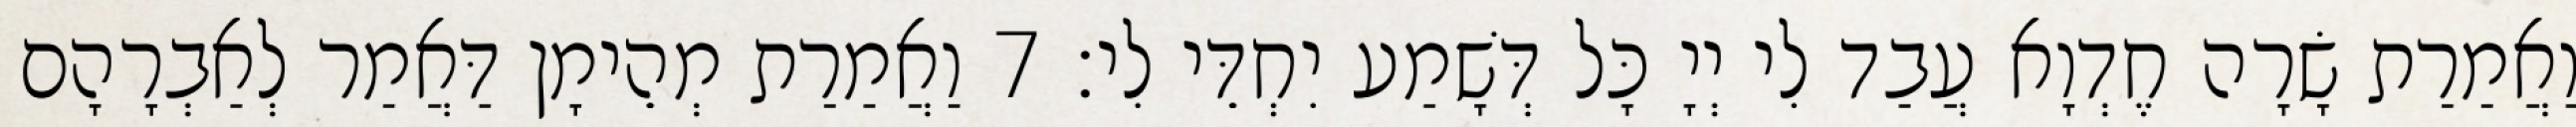
וַאֲמַרַת שָׂרָה חֶדְוָא עֲבַד לִי יְיָ כָּל דְּשָׁמַע יִחְדֵּי לִי׃ 7 וַאֲמַרַת מְהֵימָן דַּאֲמַר לְאַבְרָהָם